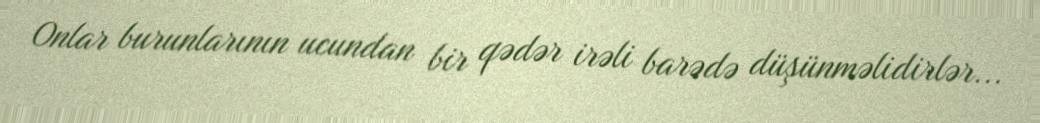
Onlar burunlarının ucundan bir qədər irəli barədə düşünməlidirlər...